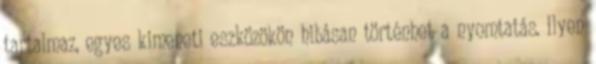
tartalmaz, egyes kimeneti eszközökön hibásan történhet a nyomtatás. Ilyen